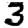
Digit: 3